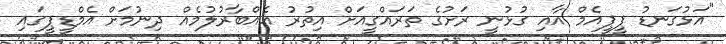
"އަޅުގަނޑު ޕީޕީއެމް އާއި ގުޅުނީ ރަށުގެ ތަރައްގީއަށް އިތުރު އެއްބާރުލުމެއް ދިނުމަށް އެމްޑީޕީގައި